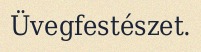
Üvegfestészet.